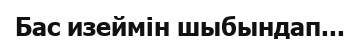
Бас изеймін шыбындап...